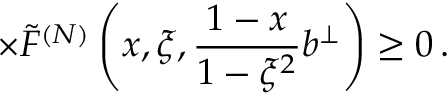
\times \tilde { F } ^ { ( N ) } \left( x , \xi , \frac { 1 - x } { 1 - \xi ^ { 2 } } b ^ { \perp } \right) \geq 0 \, .